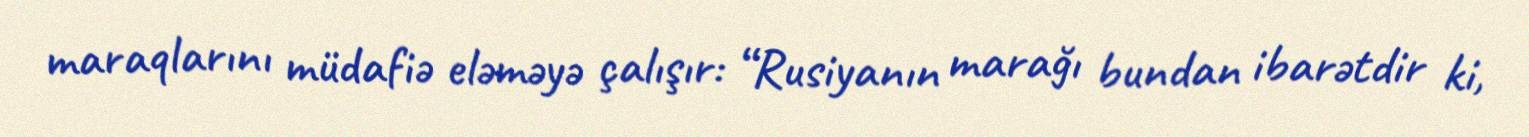
maraqlarını müdafiə eləməyə çalışır: “Rusiyanın marağı bundan ibarətdir ki,